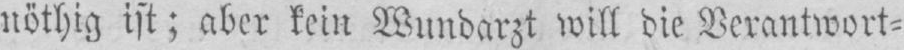
nöthig ist; aber kein Wundarzt will die Verantwort⸗